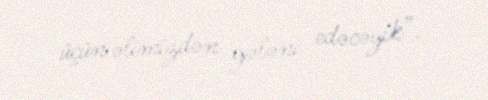
üçün əlimizdən gələni edəcəyik”.